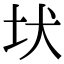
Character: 𡉩